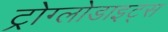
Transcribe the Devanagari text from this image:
ट्रोग्लोडाइट्स